Vaccination North-Western Provinces and Oudh 1896-1901 - 1896-1901
Year: 1896
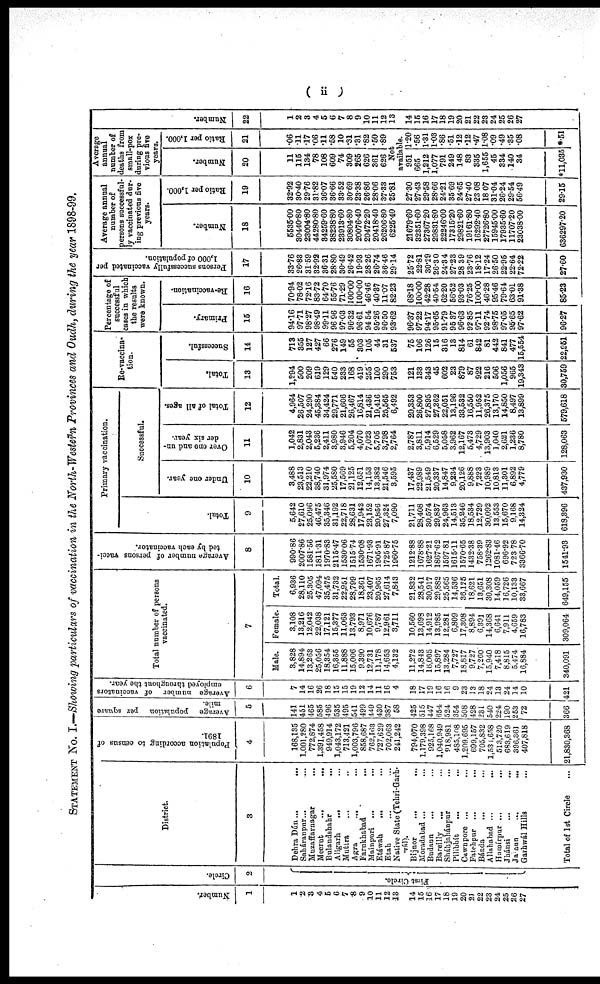
( ii )
STATEMENT No. I.—Showing particulars of vaccination in the North-Western Provinces and Oudh, during the year 1898-99.
Number.
1
1
2
3
4
5
6
7
8
9
10
11
12
13
14
15
16
17
18
19
20
21
22
23
24
25
26
27
Circle.
2
First Circle.
District.
3
Dehra Dún
...
...
Saháranpur ... ...
Muzaffarnagar ... ...
Meerut
... ...
Bulandshahr ... ...
Aligarh
...
Muttra ... ...
Agra
... ...
Farukhabad
... ...
Mainpuri
...
...
Etáwah
... ...
Etah ... ...
Native State (Tehri-Garh¬
vál).
Bijnor
...
...
Moradabad ... ...
Budaun
... ...
Bareilly
... ...
Sháhjahánpur ... ...
Pilibhít ... ...
Cawnpore ... ...
Fatehpur
...
...
Bánda ... ...
Allahabad
...
...
Hamírpur ... ...
Jhánsi
...
...
Ja aun
...
...
Garhwál Hills ... ...
Total of 1st Circle
...
Population according to census of
1891.
4
168,135
1,001,280
772,874
1,391,458
949,914
1,043,172
713,421
1,003,796
858,687
762,163
727,629
702,063
241,242
794,070
1,179,398
925,168
1,040,949
918,981
485,108
1,209,695
699,157
705,832
1,534,658
513,720
683,619
396,361
407,818
21,830,368
Average population per square
mile.
5
141
451
465
585
496
535
495
541
499
449
430
387
58
425
515
447
654
524
354
508
428
231
540
224
190
253
72
366
Average number of vaccinators
employed throughout the year.
6
7
14
16
26
18
15
15
19
12
14
11
16
4
18
17
19
16
16
9
23
13
18
24
13
24
14
10
421
Total number of persons
vaccinated.
7
Male.
3,828
14,894
13,263
25,056
18,354
16,355
11,888
15,006
9,390
12,731
11,178
14,653
4,132
11,272
14,843
16,005
15,897
13,284
7,727
18,817
9,727
7,260
15,940
7,418
8,815
5,474
16,884
340,091
Female.
3,108
13,216
12,042
22,038
17,121
15,377
11,063
13,793
8,971
10,676
9,787
12,961
3,711
10,560
13,698
14,912
13,985
12,281
6,809
17,308
8,894
6,391
14,368
6,641
7,911
4,659
16,783
309,064
Total.
6,936
28,110
25,305
47,094
35,475
31,732
22,951
28,799
18,361
23,407
20,965
27,614
7,843
21,832
28,541
30,917
29,882
25,565
14,536
36,125
18,621
13,651
30,308
14,059
16,726
10,133
33,667
649,155
Average number of persons vaca-
ted by each vaccinator.
8
990.86
2007.86
1581.56
1811.31
1970.83
2115.47
1530.06
1515.74
1530.08
1671.93
1905.91
1725.87
1960.75
1212.88
1678.88
1627.21
1867.62
1597.81
1615.11
1570.65
1432.38
758.39
1262.83
1081.46
696.92
723.78
3366.70
1541.93
Primary vaccination.
Total.
9
5,642
27,610
25,096
46,475
35,346
31,192
22,718
28,631
17,942
23,152
20,856
27,324
7,090
21,711
28,408
30,574
29,837
24,963
14,513
35,246
18,534
12,729
30,092
13,553
15,670
9,168
14,324
618,396
Successful.
Under one year.
10
3,488
23,513
22,210
38,740
31,974
25,580
17,569
21,125
12,651
14,153
13,382
21,546
3,595
17,437
22,989
21,549
20,337
14,847
9,234
20,126
9,888
7,223
10,989
10,813
11,301
6,892
4,779
437,930
Over one and un-
der six year.
11
1,042
2,831
2,043
5,236
2,411
3,980
3,946
5,204
4,070
7,023
5,705
3,798
2,764
2,787
3,811
5,914
6,529
5,058
3,962
12,167
5,473
4,729
13,903
1,040
2,621
1,236
8,780
128,063
Total of all ages.
12
4,964
26,507
24,290
45,384
34,424
29,771
21,606
26,467
16,814
21,436
19,416
25,565
6,492
20,353
26,800
27,895
27,362
22,051
13,196
33,532
16,550
11,952
26,375
13,170
14,850
8,497
13,899
579,618
Re-vaccina-
tion.
Total.
13
1,294
500
209
619
129
540
233
168
419
255
109
290
753
121
133
343
45
602
23
879
87
922
216
506
1,056
965
19,343
30,759
Successful.
14
713
355
127
427
66
276
149
55
303
105
44
31
537
75
106
126
15
316
13
814
61
842
81
442
841
477
15,554
22,951
Percentage of
successful
cases in which
the results
were known.
Primary.
15
94.16
97.71
98.27
98.49
99.11
96.96
97.03
96.32
96.61
94.54
95.26
96.50
93.62
96.37
97.22
94.17
95.65
91.79
95.37
96.63
92.85
97.11
92.74
98.75
97.05
95.65
97.62
96.27
Re-vaccination.
16
70.94
78.02
72.16
83.72
64.70
55.76
71.29
100.00
100.00
46.46
40.37
11.07
82.23
68.18
100.00
42.28
40.54
62.20
56.52
93.03
76.25
100.00
46.28
95.46
79.64
63.01
91.38
85.23
Persons successfully vaccinated per
1,000 of population.
17
33.76
26.83
31.59
32.92
36.31
28.80
30.49
26.42
19.93
28.26
26.74
36.46
29.14
25.72
22.81
30.29
26.30
24.34
27.23
28.39
23.76
18.12
17.24
26.50
22.95
22.64
72.22
27.60
Average annual
number of
persons successful-
ly vaccinated dur-
ing previous five
years.
Number.
18
5535.00
30440.80
23004.80
44280.80
34259.60
38238.80
23913.60
30804.80
20076.40
20472.20
20418.40
26206.80
6225.40
21679.60
32351.60
27367.20
29831.80
22246.00
17315.20
29821.60
19161.80
16292.40
27726.80
15945.00
17935.60
11707.20
23038.00
636297.20
Ratio per 1,000.
19
32.92
30.40
29.76
31.82
36.07
36.66
33.52
30.69
23.38
26.86
28.06
37.33
25.81
27.30
27.43
29.58
28.66
24.21
35.69
24.65
27.40
23.08
18.07
31.04
26.24
29.54
56.49
29.15
Average
annual
number of
deaths from
small-pox
during pre¬
vious five
years.
Number.
20
11
115
134
78
108
609
74
309
265
626
361
626
Ratio per 1,000.
21
.06
.11
.17
.06
.11
.58
.10
.31
.31
.82
.50
.89
Not
available.
951
665
1,212
1,077
791
249
148
83
335
1,655
45
334
140
34
*11,035
1.20
.56
1.31
1.03
.86
.51
.12
.12
.47
1.08
.09
.49
.35
.08
*.51
Number.
22
1
2
3
4
5
6
7
8
9
10
11
12
13
14
15
16
17
18
19
20
21
22
23
24
25
26
27